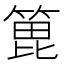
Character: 𫞾